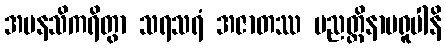
အမနသိကရိတွာ သရသရံ အဇာတဿ ပညတ္တိနာမရူပါနိ